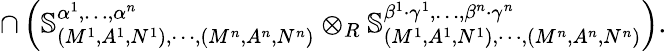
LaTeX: \cap\left(\mathbb{S}_{(M^{1},A^{1},N^{1}),\cdots,(M^{n},A^{n},N^{n})}^{\alpha^{1},\dots,\alpha^{n}}\otimes_{R}\mathbb{S}_{(M^{1},A^{1},N^{1}),\cdots,(M^{n},A^{n},N^{n})}^{\beta^{1}\cdot\gamma^{1},\dots,\beta^{n}\cdot\gamma^{n}}\right).